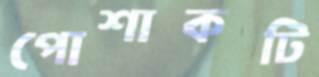
পোশাকটি